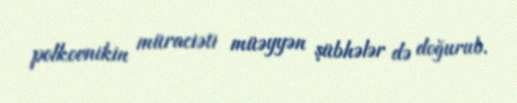
polkovnikin müraciəti müəyyən şübhələr də doğurub.